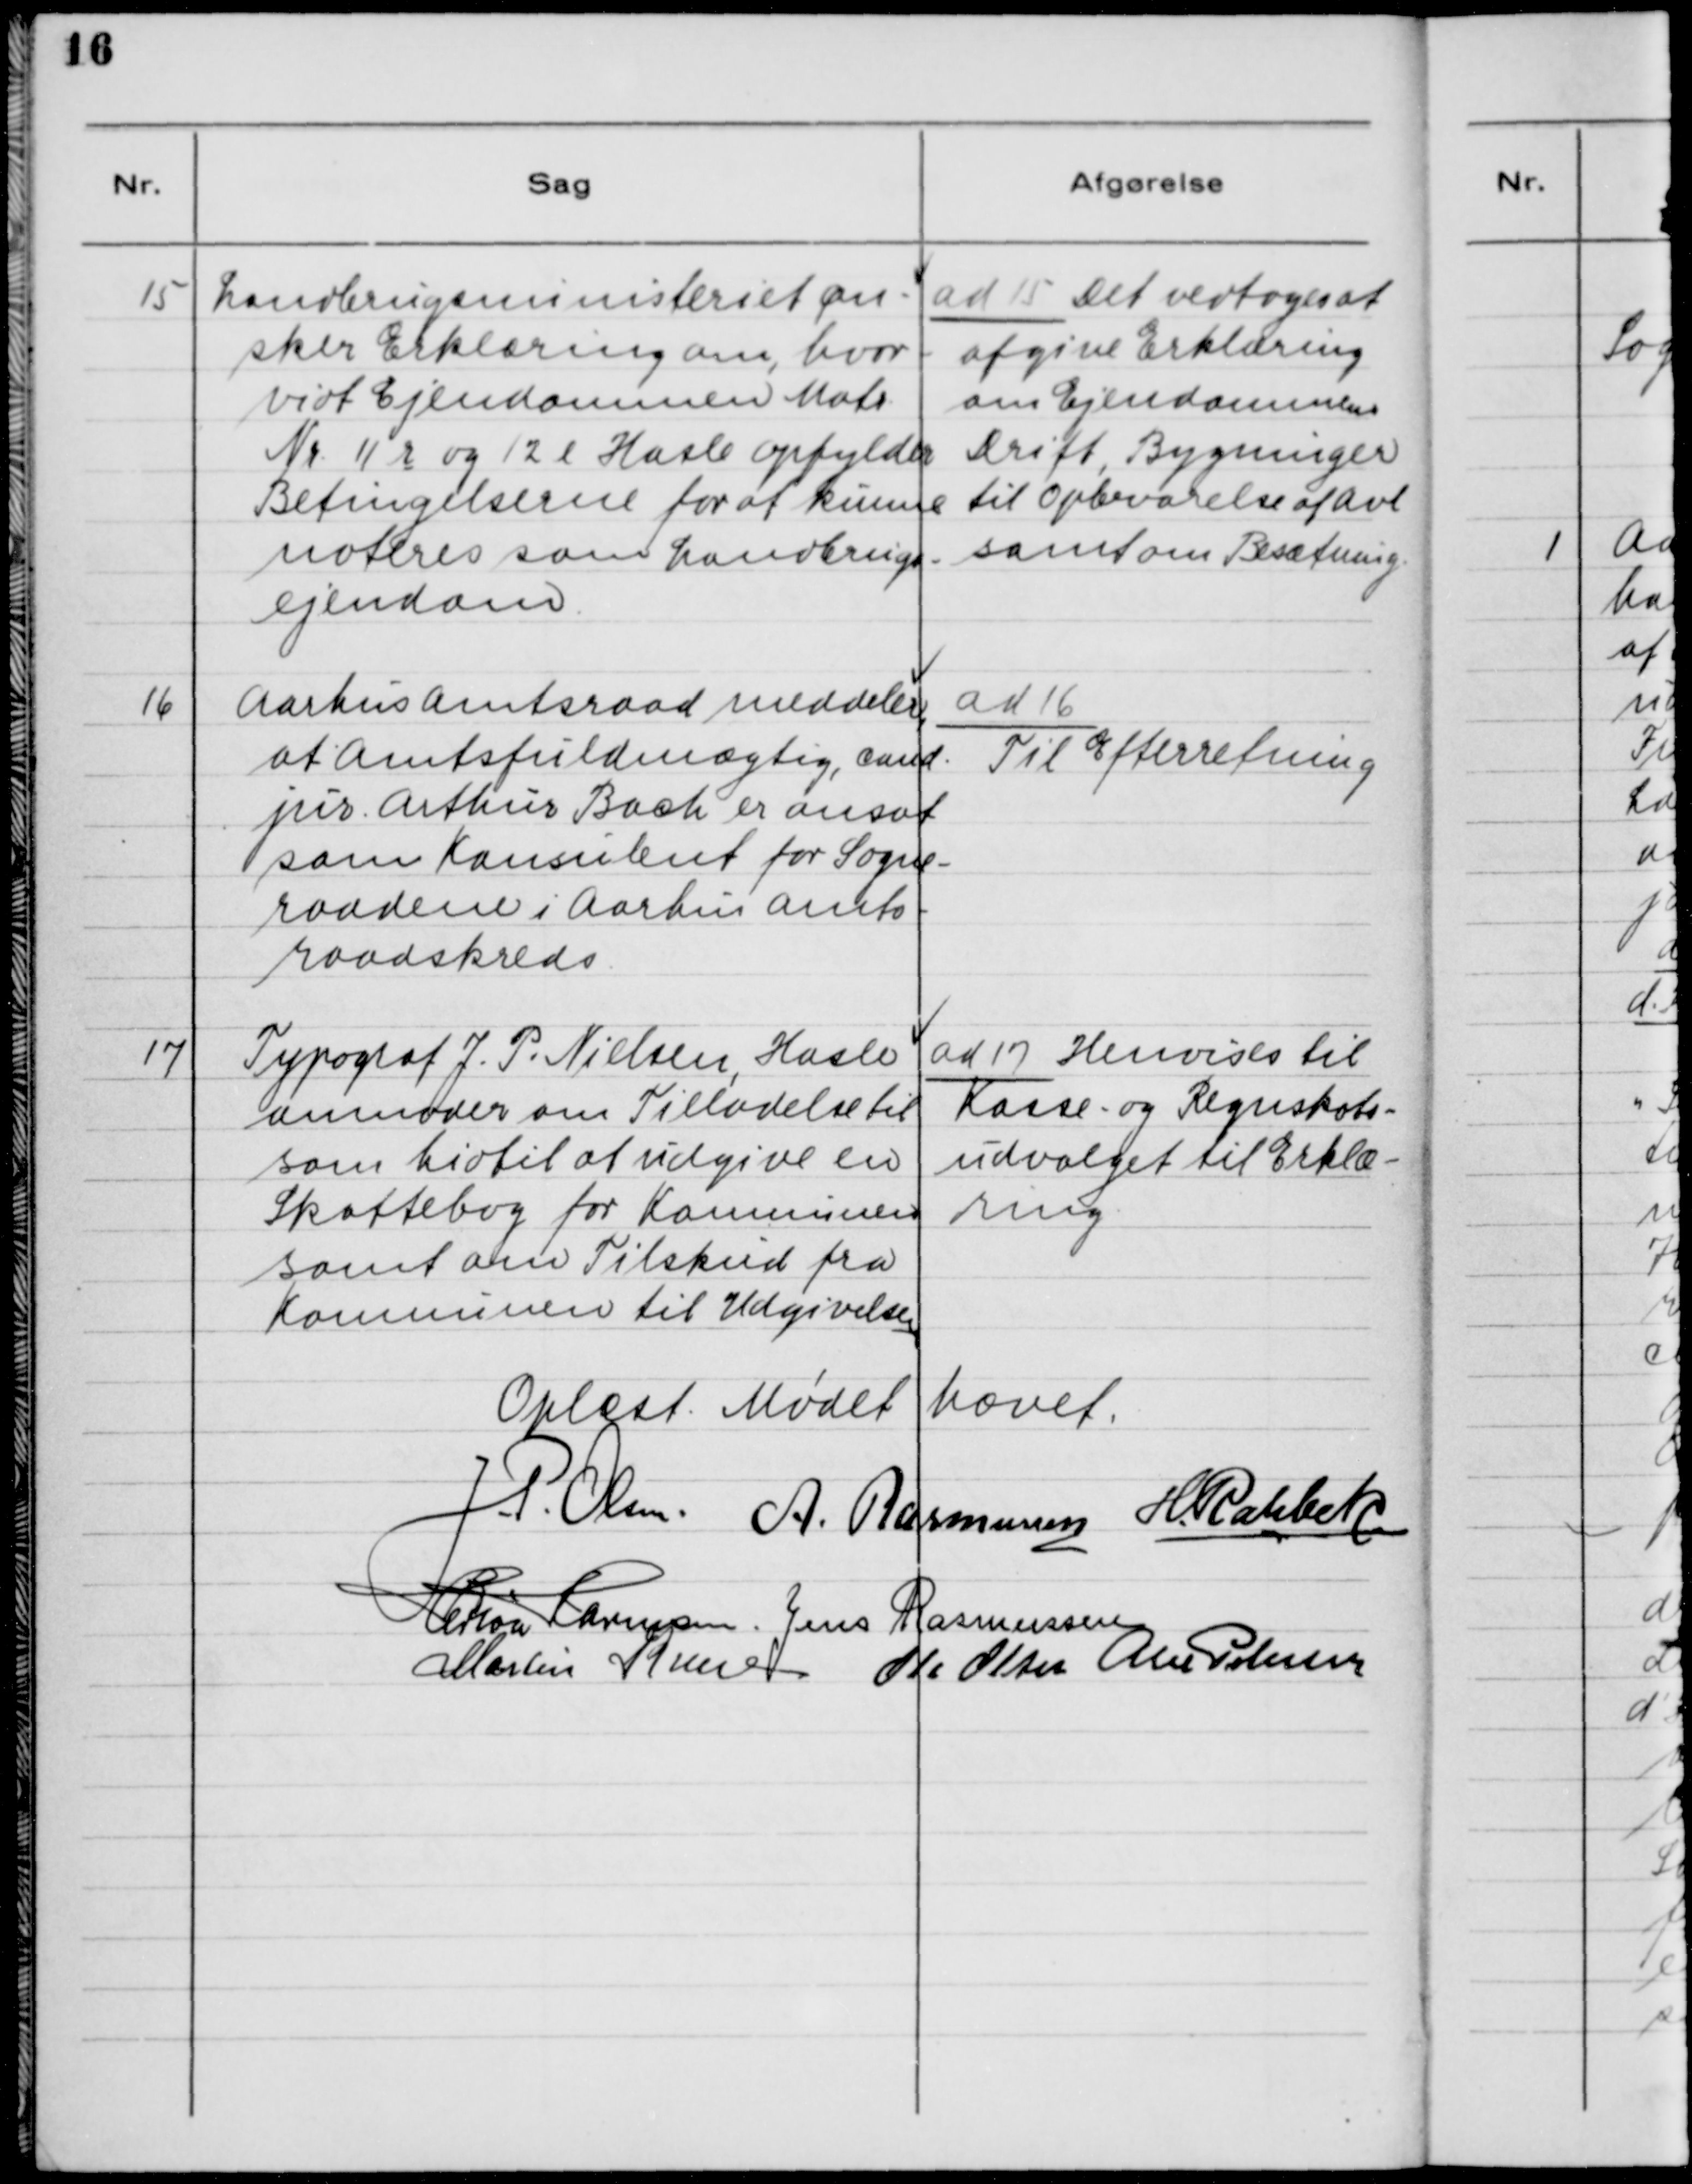
Transskription:
15. Landbrugsministeriet øn-
sker Erklæring om, hvor-
vidt Ejendommen Matr.
Nr. 11 r og 12 e Hasle opfylder
Betingelserne for at kunne
noteres som Landbrugs-
ejendom.

ad 15. Det vedtoges at
afgive Erklæring
om Ejendommens
Drift, Bygninger
til Opbevarelse af Avl
samt om Besætning.

16. Aarhus Amtsraad meddeler,
at Amtsfuldmægtig, cand.
jur. Arthur Bach er ansat
som Komsulent for Sogne-
raadene i Aarhus Amts-
raadskreds.

ad 16.
Til Efterretning.

17. Typograf J. P. Nielsen, Hasle
anmoder om Tilladelse til
som hidtil at udgive en
Skattebog for Kommunen
samt om Tilskud fra
Kommunen til Udgivelsen.

ad 17. Henvises til
Kasse- og Regnskabs-
udvalget til Erklæ-
ring.

Oplæst. Mødet hævet.